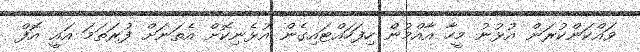
ވައްކަންކުރަން އުޅުނު މީހާ އާއްމުން ހިފަހައްޓައިގެން އުޅެނިކޮށް އެތަނަށް ފުރަތަމަ އައީ އޮފް